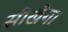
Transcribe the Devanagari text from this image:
सीखेगा